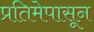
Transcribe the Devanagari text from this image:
प्रतिमेपासून